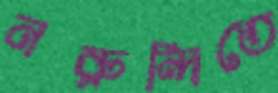
নরুন্দিতে